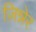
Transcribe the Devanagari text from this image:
ज़िन्नेर